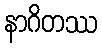
နာဂိတဿ